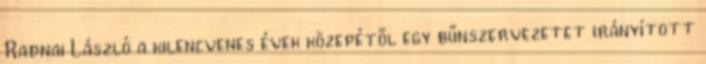
Radnai László a kilencvenes évek közepétől egy bűnszervezetet irányított